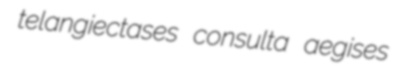
telangiectases consulta aegises